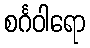
စင်္ဂဝါရော